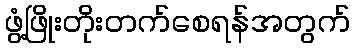
ဖွံ့ဖြိုးတိုးတက်စေရန်အတွက်